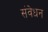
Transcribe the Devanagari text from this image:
संवेधन